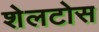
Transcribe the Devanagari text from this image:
शेलटोस